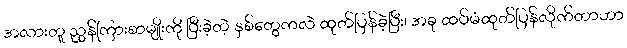
အလားတူ ညွှန်ကြားစာမျိုးကို ပြီးခဲ့တဲ့ နှစ်တွေကလဲ ထုတ်ပြန်ခဲ့ပြီး၊ အခု ထပ်မံထုတ်ပြန်လိုက်တာဟာ